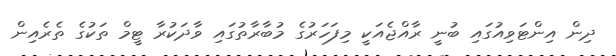
ދިން އިންޓަވިއުގައި ބުނީ ރާއްޖެއަކީ މިފަހަރުގެ މުބާރާތުގައި ވާދަކުރާ ޓީމް ތަކުގެ ތެރެއިން